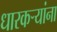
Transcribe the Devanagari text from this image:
धारकर्‍यांना